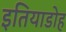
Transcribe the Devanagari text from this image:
इतियाडोह